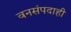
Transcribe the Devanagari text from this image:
वनसंपदाही